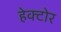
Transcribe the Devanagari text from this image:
हेक्टोर